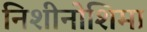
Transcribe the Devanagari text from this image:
निशीनोशिमा